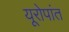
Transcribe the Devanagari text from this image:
यूरोपांत